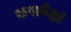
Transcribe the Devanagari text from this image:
रुपापेक्षां